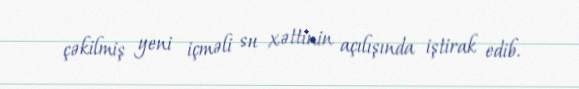
çəkilmiş yeni içməli su xəttinin açılışında iştirak edib.